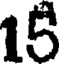
15